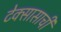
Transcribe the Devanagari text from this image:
टेक्सासाची